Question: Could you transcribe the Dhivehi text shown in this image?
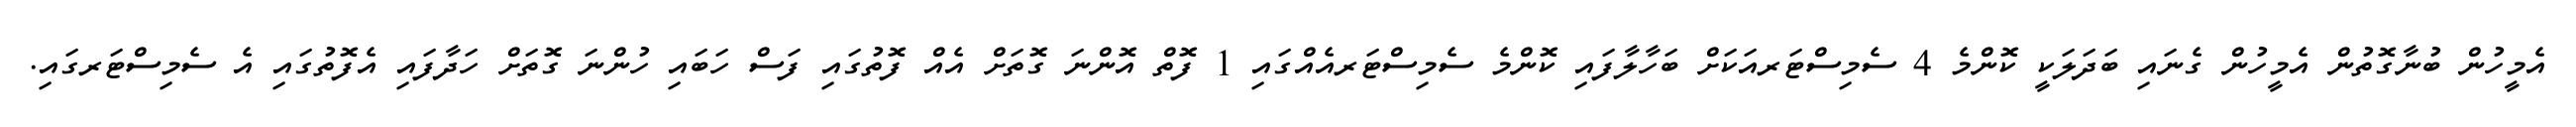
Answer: އެމީހުން ބުނާގޮތުން އެމީހުން ގެނައި ބަދަލަކީ ކޮންމެ 4 ސެމިސްޓަރއަކަށް ބަހާލާފައި ކޮންމެ ސެމިސްޓަރއެއްގައި 1 ފޮތް އޮންނަ ގޮތަށް އެއް ފޮތުގައި ފަސް ހަބައި ހުންނަ ގޮތަށް ހަދާފައި އެފޮތުގައި އެ ސެމިސްޓަރގައި.